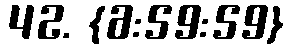
42. {6:59:59}